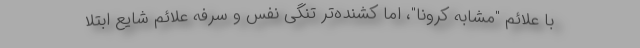
با علائم "مشابه کرونا"، اما کُشنده‌تر تنگی نفس و سرفه علائم شایع ابتلا